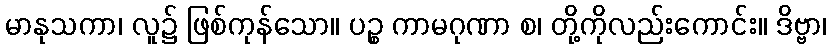
မာနုသကာ၊ လူ၌ ဖြစ်ကုန်သော။ ပဉ္စ ကာမဂုဏာ စ၊ တို့ကိုလည်းကောင်း။ ဒိဗ္ဗာ၊